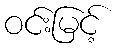
ဝင်းမြင့်